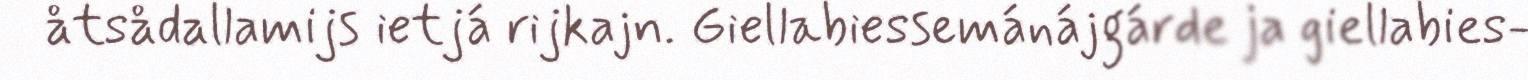
åtsådallamijs ietjá rijkajn. Giellabiessemánájgárde ja giellabies-